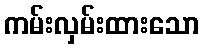
ကမ်းလှမ်းထားသော